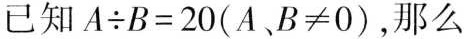
已知 $$A \div B=20(A B ≠ 0)$$，那么